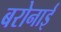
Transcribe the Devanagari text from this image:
बरोनाई